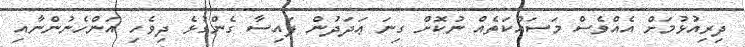
ދިރިއުޅުމަށް އެއްވެސް މަސައްކަތެއް ނުކޮށް ގިނަ ޢަދަދުން ފައިސާ ގެންގުޅެ ދިވެހި އަންހެނުންނާއި